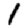
Digit: 1